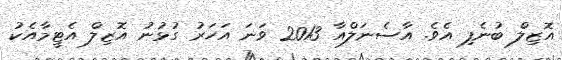
އޮޒިލް ބުނެފި އެވެ. އާސެނަލްއާ 2013 ވަނަ އަހަރު ގުޅުނު އޮޒިލް އެޓީމާއެކު